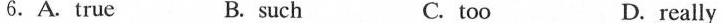
6.A. True B. such C. too D.really